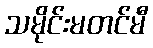
သမိုင်းမတင်မီ